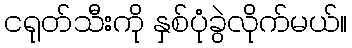
ငရုတ်သီးကို နှစ်ပုံခွဲလိုက်မယ်။